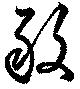
敢